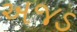
અજડ